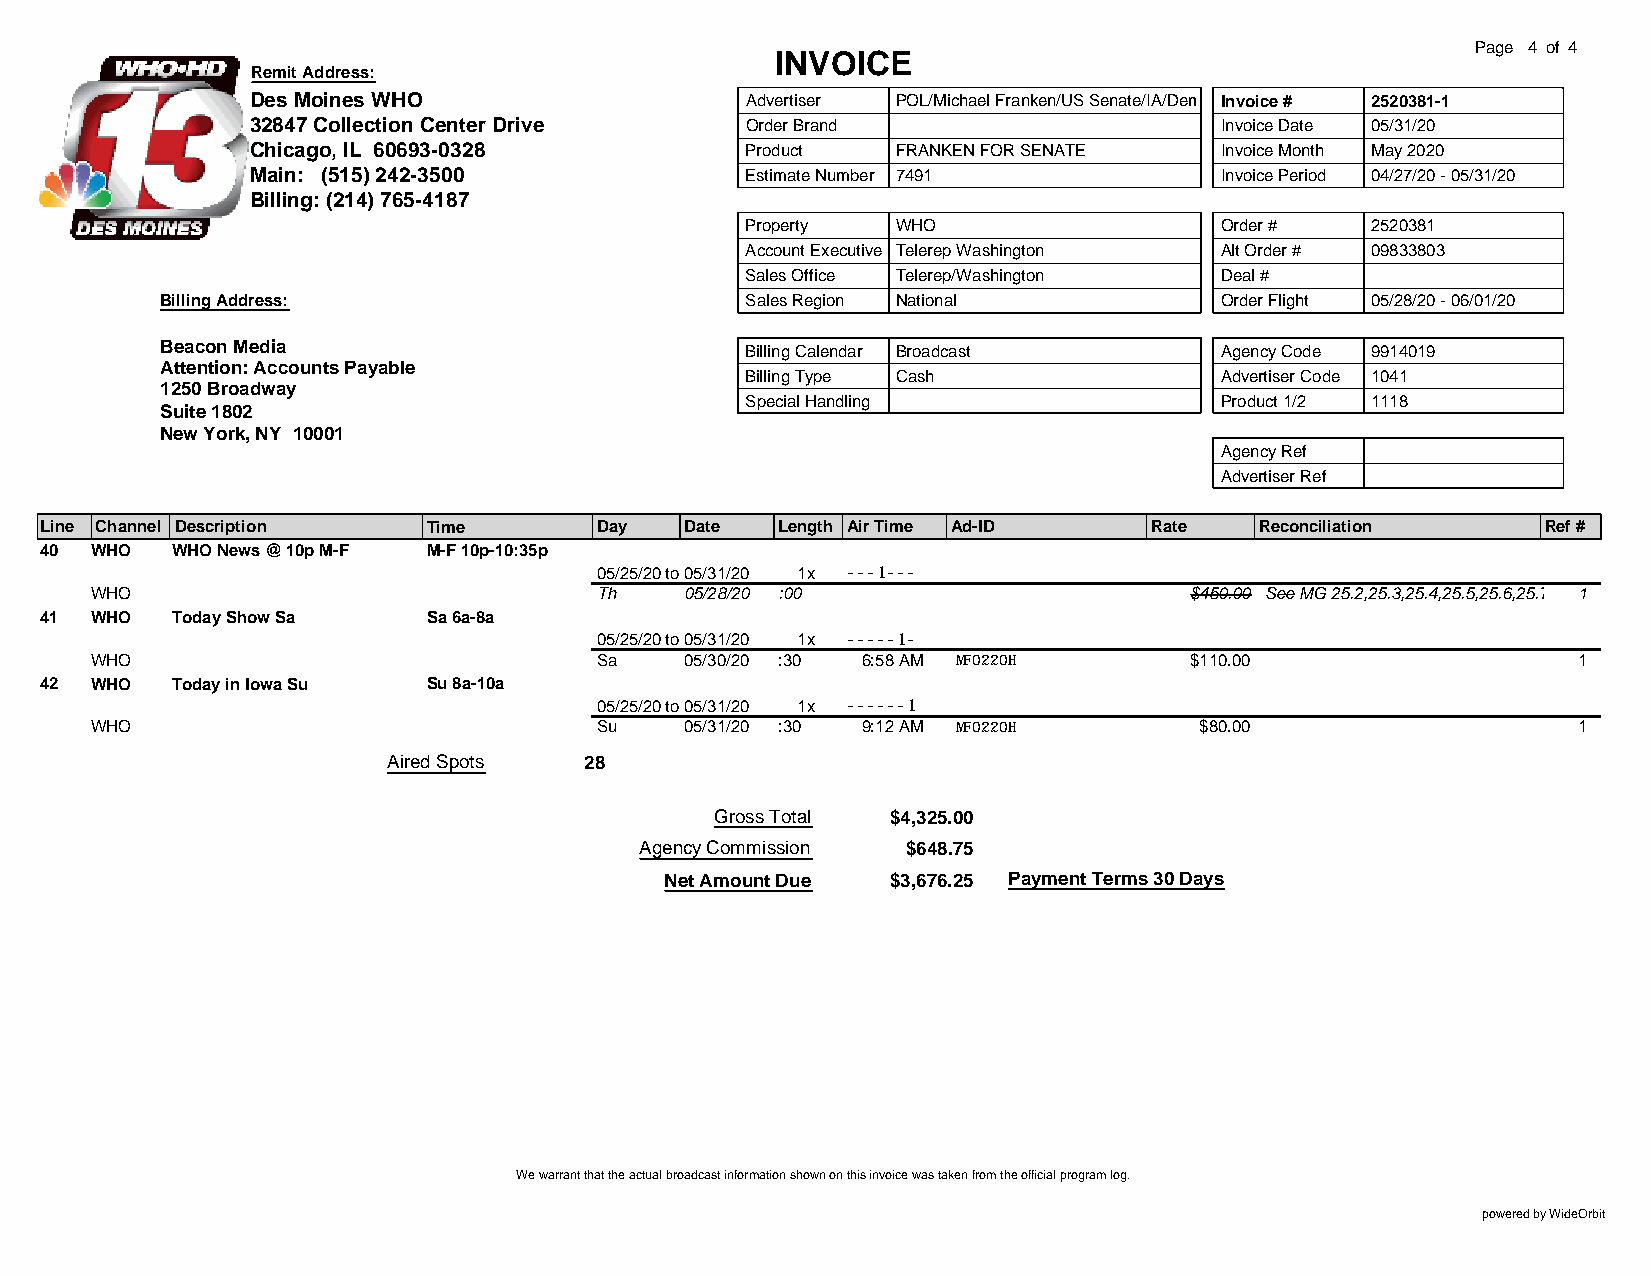
Page 4 of 4
 INVOICE
 Remit Address:
 Des Moines WHO                  Advertiser POL/Michael Franken/US Senate/IA/Dem Invoice # 2520381-1
 32847 Collection Center Drive   Order Brand                     Invoice Date 05/31/20
 Chicago, IL 60693-0328          Product   FRANKEN FOR SENATE    Invoice Month May 2020
 Main: (515) 242-3500            Estimate Number 7491            Invoice Period 04/27/20 - 05/31/20
 Billing: (214) 765-4187
 Property  WHO                   Order #   2520381
 Account Executive Telerep Washington Alt Order # 09833803
 Sales Office Telerep/Washington Deal #
 Billing Address:                      Sales Region National           Order Flight 05/28/20 - 06/01/20
 Beacon Media                          Billing Calendar Broadcast      Agency Code 9914019
 Attention: Accounts Payable
 Billing Type Cash               Advertiser Code 1041
 1250 Broadway
 Special Handling                Product 1/2 1118
 Suite 1802
 New York, NY 10001
 Agency Ref
 Advertiser Ref
 Line Channel Description Time       Day   Date  Length Air Time Ad-ID    Rate   Reconciliation     Ref #
 40 WHO  WHO News @ 10p M-F M-F 10p-10:35p
 05/25/20to05/31/20 1x ---1---
 WHO                              Th    05/28/20 :00                      $450.00 See MG 25.2,25.3,25.4,25.5,25.6,25.7,25.81,25.9
 41 WHO  Today Show Sa    Sa 6a-8a
 05/25/20to05/31/20 1x -----1-
 WHO                              Sa    05/30/20 :30 6:58 AM MF0220H      $110.00                  1
 42 WHO  Today in Iowa Su Su 8a-10a
 05/25/20to05/31/20 1x ------1
 WHO                              Su    05/31/20 :30 9:12 AM MF0220H      $80.00                   1
 Aired Spots  28
 Gross Total $4,325.00
 Agency Commission $648.75
 Net Amount Due $3,676.25 Payment Terms 30 Days
 We warrant that the actual broadcast information shown on this invoice was taken from the official program log.
 powered by WideOrbit